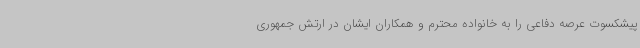
پیشکسوت عرصه دفاعی را به خانواده محترم و همکاران ایشان در ارتش جمهوری